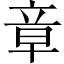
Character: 章